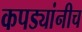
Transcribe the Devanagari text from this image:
कपड्यांनीच